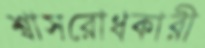
শ্বাসরোধকারী